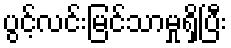
ပွင့်လင်းမြင်သာမှုရှိပြီး